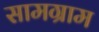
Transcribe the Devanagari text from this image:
सामग्राम